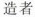
造者